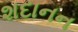
શદાનન